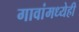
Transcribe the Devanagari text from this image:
गावांमध्येही